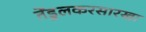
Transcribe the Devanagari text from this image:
तेंडुलकरसारखा